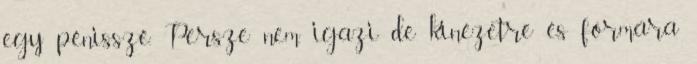
egy pénisszé. Persze nem igazi de kinézetre és formára